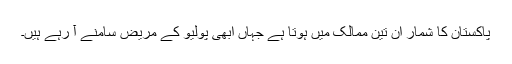
پاکستان کا شمار ان تین ممالک میں ہوتا ہے جہاں ابھی پولیو کے مریض سامنے آ رہے ہیں۔